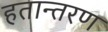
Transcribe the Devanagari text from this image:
हतान्तरण